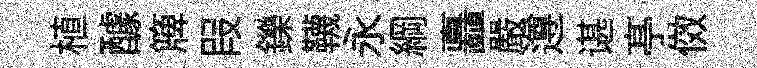
植醵簰叚鑠韈永綱矗嚴遵谌𠅘傚